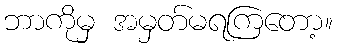
ဘာကိုမှ အမှတ်မရကြတော့။